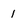
Character: 1